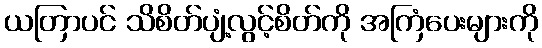
ယတြာပင် သိစိတ်ပျံ့လွင့်စိတ်ကို အကြံပေးများကို